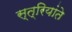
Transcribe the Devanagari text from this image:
स्त्रियांते